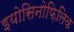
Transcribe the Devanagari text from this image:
इयोसिनोफ़िलिक